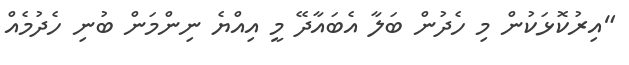
"އިރުކޮޅަކުން މި ހެދުން ބަލާ އެބައާދޭ މީ އިއްޔެ ނިންމަން ބުނި ހެދުމެއް